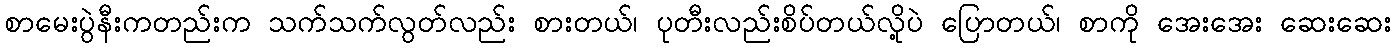
စာမေးပွဲနီးကတည်းက သက်သက်လွတ်လည်း စားတယ်၊ ပုတီးလည်းစိပ်တယ်လို့ပဲ ပြောတယ်၊ စာကို အေးအေး ဆေးဆေး